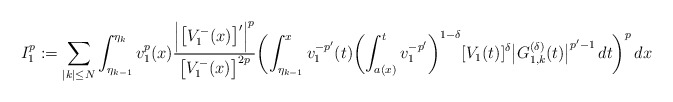
\begin{align*}I_1^p:=\sum_{|k|\le N}\int_{\eta_{k-1}}^{\eta_k} v_1^{p}(x)\frac{\Bigl|\bigl[V_1^-(x)\bigr]'\Bigr|^p}{\bigl[V_1^-(x)\bigr]^{2p}} \biggl(\int_{\eta_{k-1}}^x v_1^{-p'}(t) \biggl(\int_{a(x)}^t v_1^{-p'}\biggr)^{1-\delta}[V_1(t)]^{\delta}\bigl|G^{(\delta)}_{1,k}(t)\bigr|^{p'-1}\,dt\biggr)^p\,dx\end{align*}